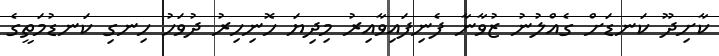
ކާށިދޫ ކަނޑަށް ގެއްލުނު ޒުވާނާ ފެނިފައިވާއިރު މިދިޔަ ހޮނިހިރު ދުވަހު ހިނގި ކަނޑުމަތީގެ